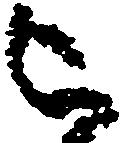
被